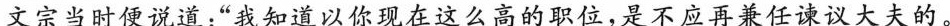
文宗当时便说道：”我知道以你现在这么高的职位，是不应再兼任谏议大夫的。